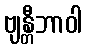
ဗျန္တီဘာဝါ